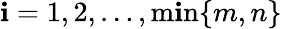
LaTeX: \mathbf{i}=1,2,\ldots,\operatorname*{m\mathbf{i}n}\{ m,n\}